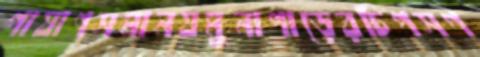
পাষাণসমানযমুনাপাড়েরচিপসগ